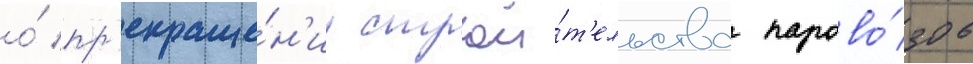
о́ пр'екраще́н'ии строи́т'ельства парово́зов